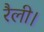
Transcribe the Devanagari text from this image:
रैली।